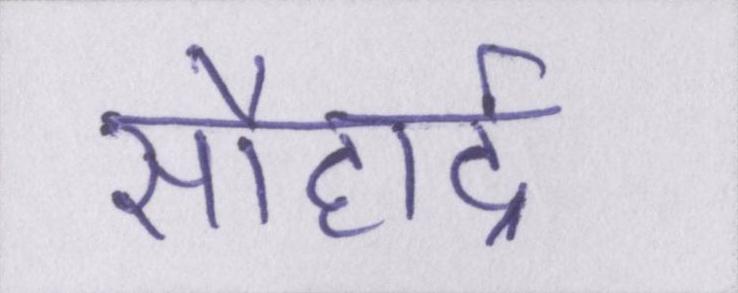
सौहार्द्र